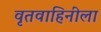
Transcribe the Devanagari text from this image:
वृतवाहिनीला